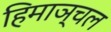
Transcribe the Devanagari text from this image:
हिमाञ्चल